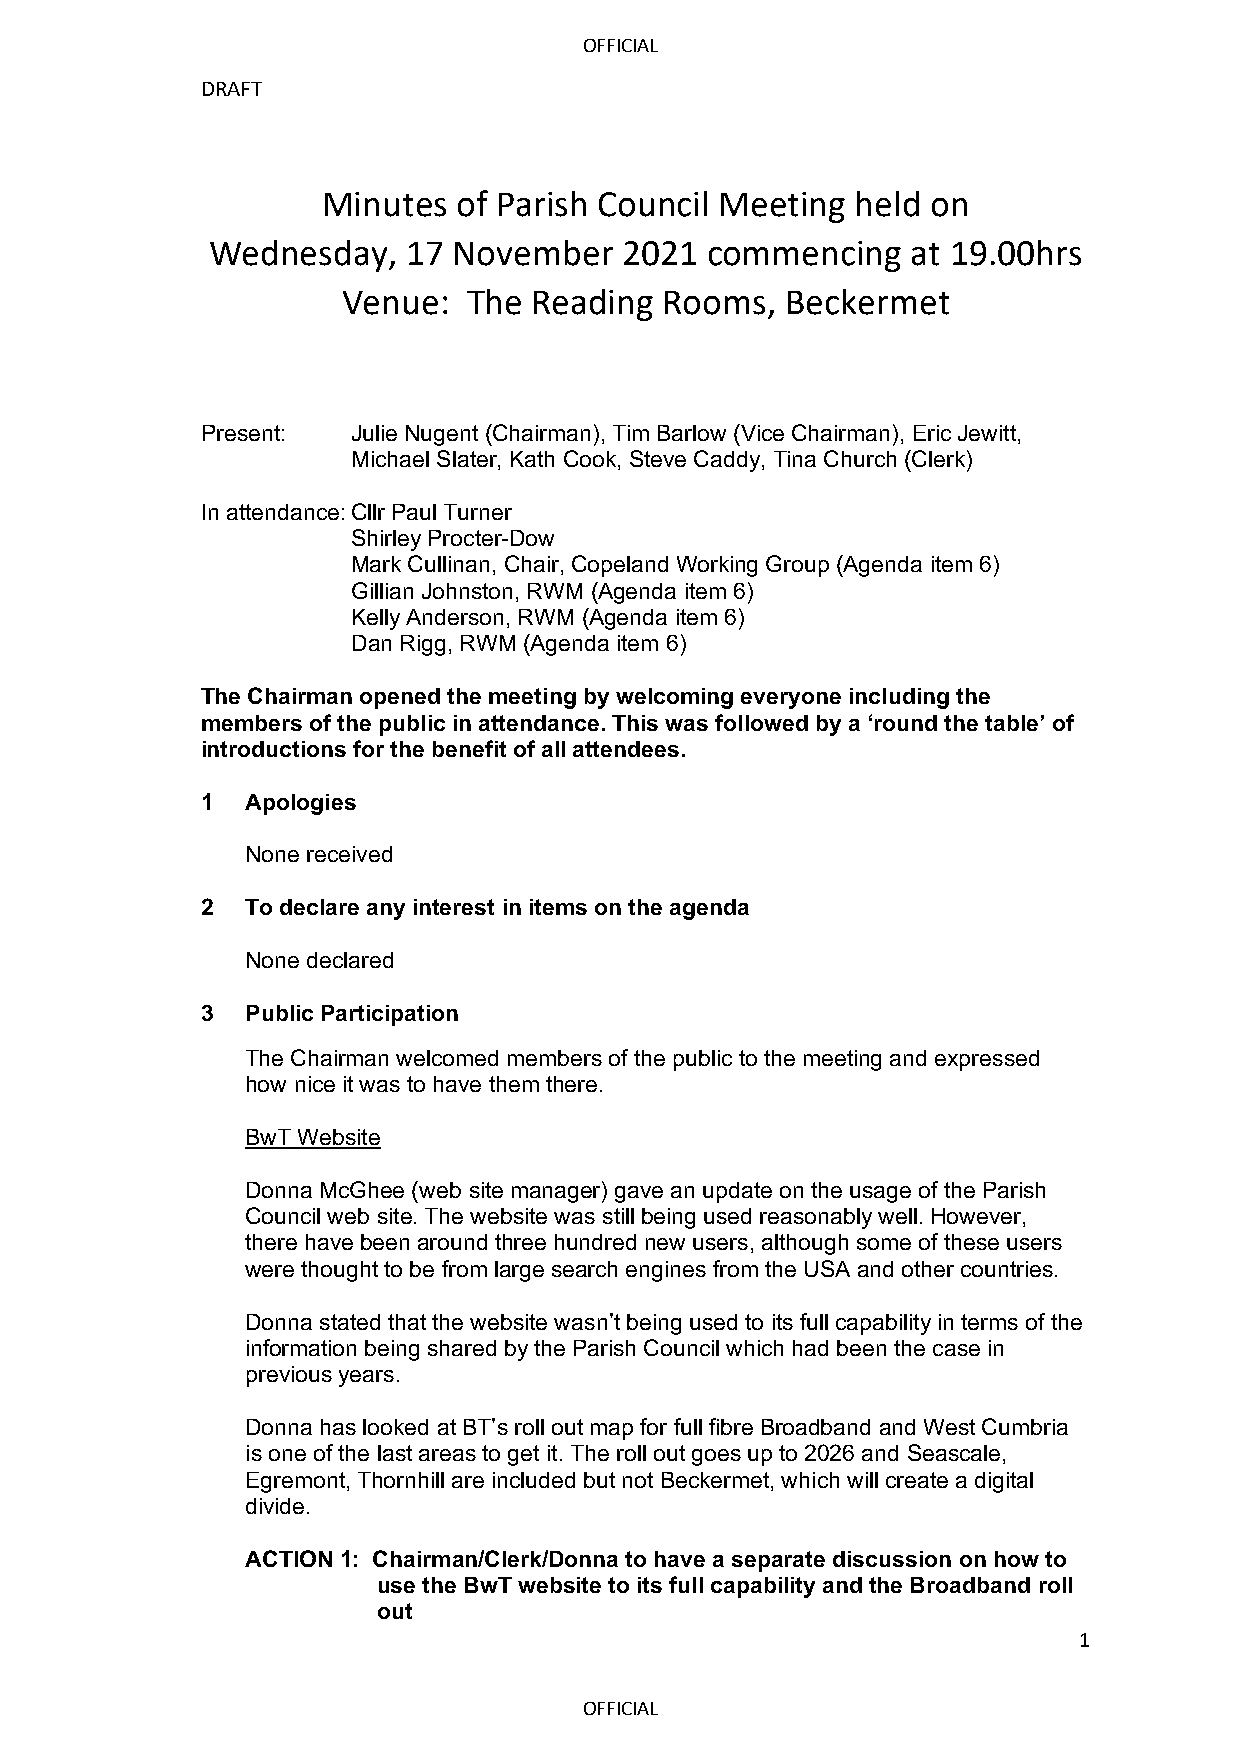
OFFICIAL
 DRAFT
 Minutes  of Parish Council Meeting  held on
 Wednesday,   17 November   2021  commencing   at 19.00hrs
 Venue:  The Reading  Rooms,  Beckermet
 Present:  Julie Nugent (Chairman), Tim Barlow (Vice Chairman), Eric Jewitt,
 Michael Slater, Kath Cook, Steve Caddy, Tina Church (Clerk)
 In attendance: Cllr Paul Turner
 Shirley Procter-Dow
 Mark Cullinan, Chair, Copeland Working Group (Agenda item 6)
 Gillian Johnston, RWM (Agenda item 6)
 Kelly Anderson, RWM (Agenda item 6)
 Dan Rigg, RWM (Agenda item 6)
 The Chairman opened the meeting by welcoming everyone including the
 members of the public in attendance. This was followed by a ‘round the table’ of
 introductions for the benefit of all attendees.
 1  Apologies
 None received
 2  To declare any interest in items on the agenda
 None declared
 3  Public Participation
 The Chairman welcomed members of the public to the meeting and expressed
 how nice it was to have them there.
 BwT Website
 Donna McGhee (web site manager) gave an update on the usage of the Parish
 Council web site. The website was still being used reasonably well. However,
 there have been around three hundred new users, although some of these users
 were thought to be from large search engines from the USA and other countries.
 Donna stated that the website wasn’t being used to its full capability in terms of the
 information being shared by the Parish Council which had been the case in
 previous years.
 Donna has looked at BT’s roll out map for full fibre Broadband and West Cumbria
 is one of the last areas to get it. The roll out goes up to 2026 and Seascale,
 Egremont, Thornhill are included but not Beckermet, which will create a digital
 divide.
 ACTION 1: Chairman/Clerk/Donna to have a separate discussion on how to
 use the BwT website to its full capability and the Broadband roll
 out
 1
 OFFICIAL